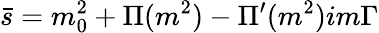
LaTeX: \bar{s}=m_{0}^{2}+\Pi(m^{2})-\Pi^{\prime}(m^{2})im\Gamma